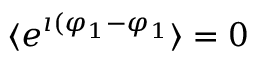
\langle e ^ { \imath ( \varphi _ { 1 } - \varphi _ { 1 } } \rangle = 0